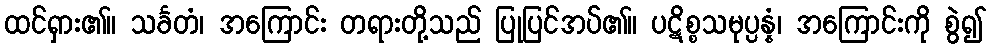
ထင်ရှား၏။ သင်္ခတံ၊ အကြောင်း တရားတို့သည် ပြုပြင်အပ်၏။ ပဋိစ္စသမုပ္ပန္နံ၊ အကြောင်းကို စွဲ၍